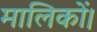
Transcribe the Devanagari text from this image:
मालिकों।